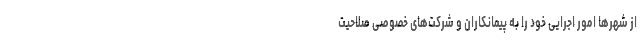
از شهرها امور اجرایی خود را به پیمانکاران و شرکت‌های خصوصی صلاحیت